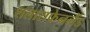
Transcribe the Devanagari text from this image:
शलाराफेनलैंड